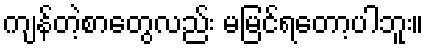
ကျန်တဲ့စာတွေလည်း မမြင်ရတော့ပါဘူး။